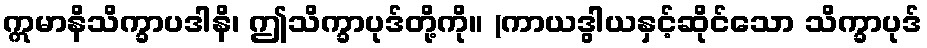
ဣမာနိသိက္ခာပဒါနိ၊ ဤသိက္ခာပုဒ်တို့ကို။ (ကာယဒွါယနှင့်ဆိုင်သော သိက္ခာပုဒ်